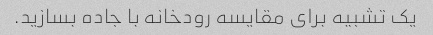
یک تشبیه برای مقایسه رودخانه با جاده بسازید.